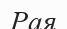
Рая